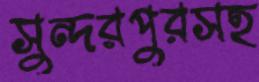
সুন্দরপুরসহ